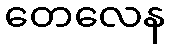
တေလေန